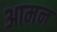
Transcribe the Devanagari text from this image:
आमन